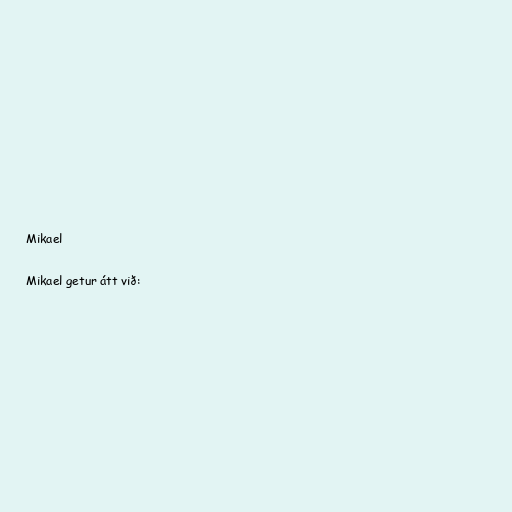
Mikael

Mikael getur átt við: